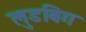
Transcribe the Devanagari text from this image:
लुडबिग